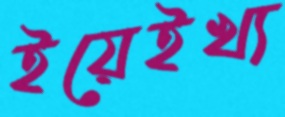
ইয়েইখ্য